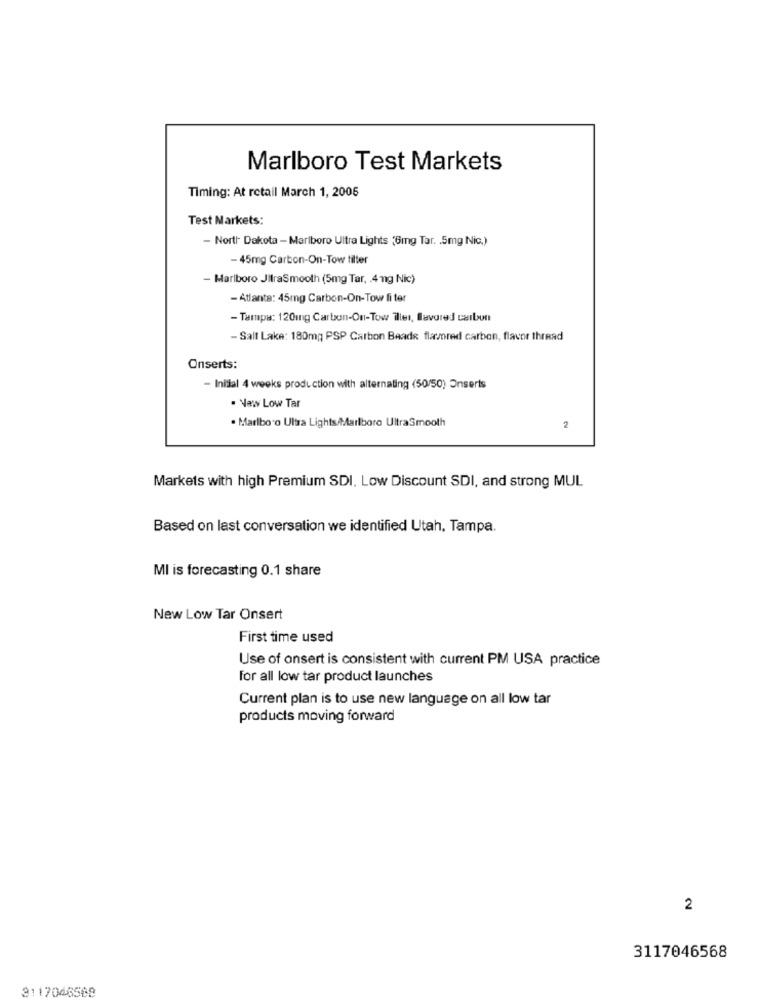
Marlboro Test Markets
Timing: At retail March 1, 2005
Test Markets:
- North Dakota - Marlboro Ultra Lights (6mg Tar. . 5mg Nic.)
- 45mg Carbon-On-Tow tilter
- Marlboro JitraSmooth (5mg Tar, . 4 ng Nic)
- Atlanta: 45mg Carbon-On-Tow fi ter
- Tampa: 120ing Carbon-On-Tow iller, flavored carbon
- Salt Lake: 180mq PSP Carbon Baade flamred carbon, flavor thread
Onserts:
- Initial 4 weeks production with alternating (50/50) Onserts
. Vaw Low Tar
. Marlboro Ultra Lights/Marlboro UltraSmooth
2
Markets with high Premium SDI, Low Discount SDI, and strong MUL
Based on last conversation we identified Utah, Tampa.
MI is forecasting 0.1 share
New Low Tar Onsert
First time used
Use of onsert is consistent with current PM USA practice
For all low tar product launches
Current plan is to use new language on all low tar
products moving forward
2
3117046568
3117046568